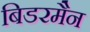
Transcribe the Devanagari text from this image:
बिडरमैन